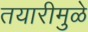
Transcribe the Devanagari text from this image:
तयारीमुळे